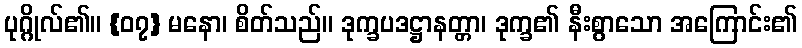
ပုဂ္ဂိုလ်၏။ {၀၇} မနော၊ စိတ်သည်။ ဒုက္ခပဒဋ္ဌာနတ္တာ၊ ဒုက္ခ၏ နီးစွာသော အကြောင်း၏